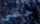
حظي